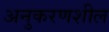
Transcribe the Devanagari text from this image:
अनुकरणशील